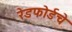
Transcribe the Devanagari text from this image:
रेडफोर्डचे